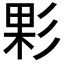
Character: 𢒙